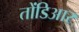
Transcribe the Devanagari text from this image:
तोंडिआर